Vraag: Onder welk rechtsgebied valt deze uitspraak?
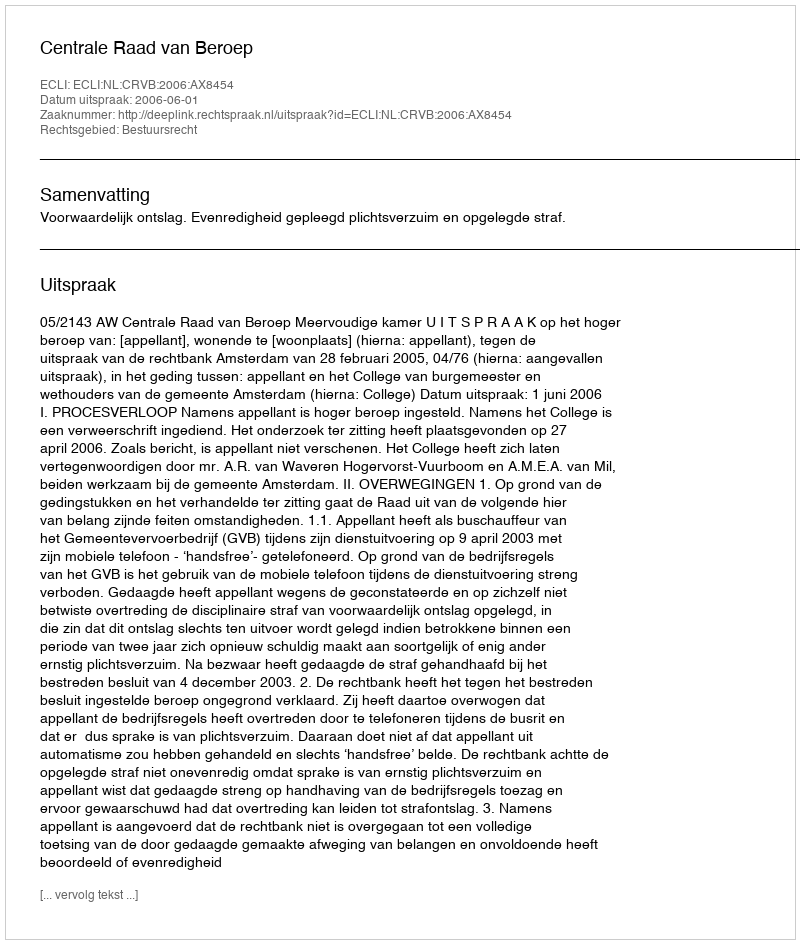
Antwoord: Bestuursrecht